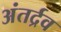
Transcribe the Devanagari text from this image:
अंतर्द्रव